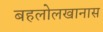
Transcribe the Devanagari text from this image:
बहलोलखानास